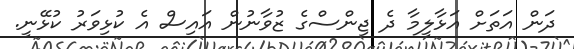
ދަން އަތަށް އަޅާލީމާ ދެ ޖިންސްގެ ޒުވާނުން އައިސް އެ ކުޅިވަރު ކުޅޭނީ.